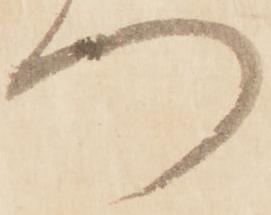
つ